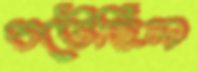
চটেছিল